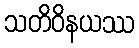
သတိဝိနယဿ